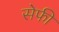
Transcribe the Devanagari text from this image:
सेफी